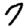
Digit: 7